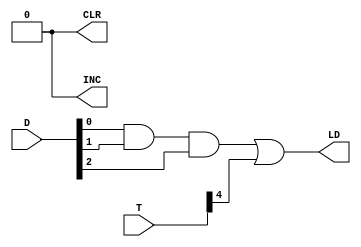
`timescale 1ns / 1ps
//////////////////////////////////////////////////////////////////////////////////
// Company: 
// Engineer: 
// 
// Design Name: 
// Module Name: DR_ARCH
// Project Name: 
// Target Devices: 
// Tool Versions: 
// Description: 
// 
// Dependencies: 
// 
// Revision:
// Revision 0.01 - File Created
// Additional Comments:
// 
//////////////////////////////////////////////////////////////////////////////////


module DR_ARCH(LD, CLR, INC, T, D);
input [5:0] T;
input [7:0] D;
output LD, CLR, INC;
wire d;
assign d = D[0] & D[1] & D[2];
assign LD = d | T[4];
assign CLR =0;
assign INC =0;
endmodule